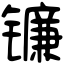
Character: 镰